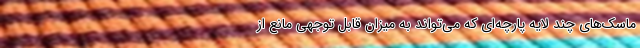
ماسک‌های چند لایه پارچه‌ای که می‌تواند به میزان قابل توجهی مانع از